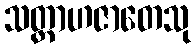
သတ္တာဟဇာတေသု